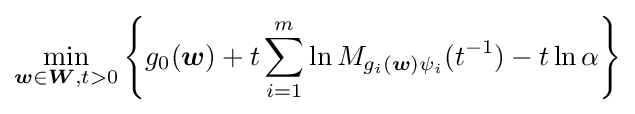
\min _{{\boldsymbol {w}}\in {\boldsymbol {W}},t>0}\left\lbrace g_{0}({\boldsymbol {w}})+t\sum _{i=1}^{m}\ln M_{g_{i}({\boldsymbol {w}})\psi _{i}}(t^{-1})-t\ln \alpha \right\rbrace